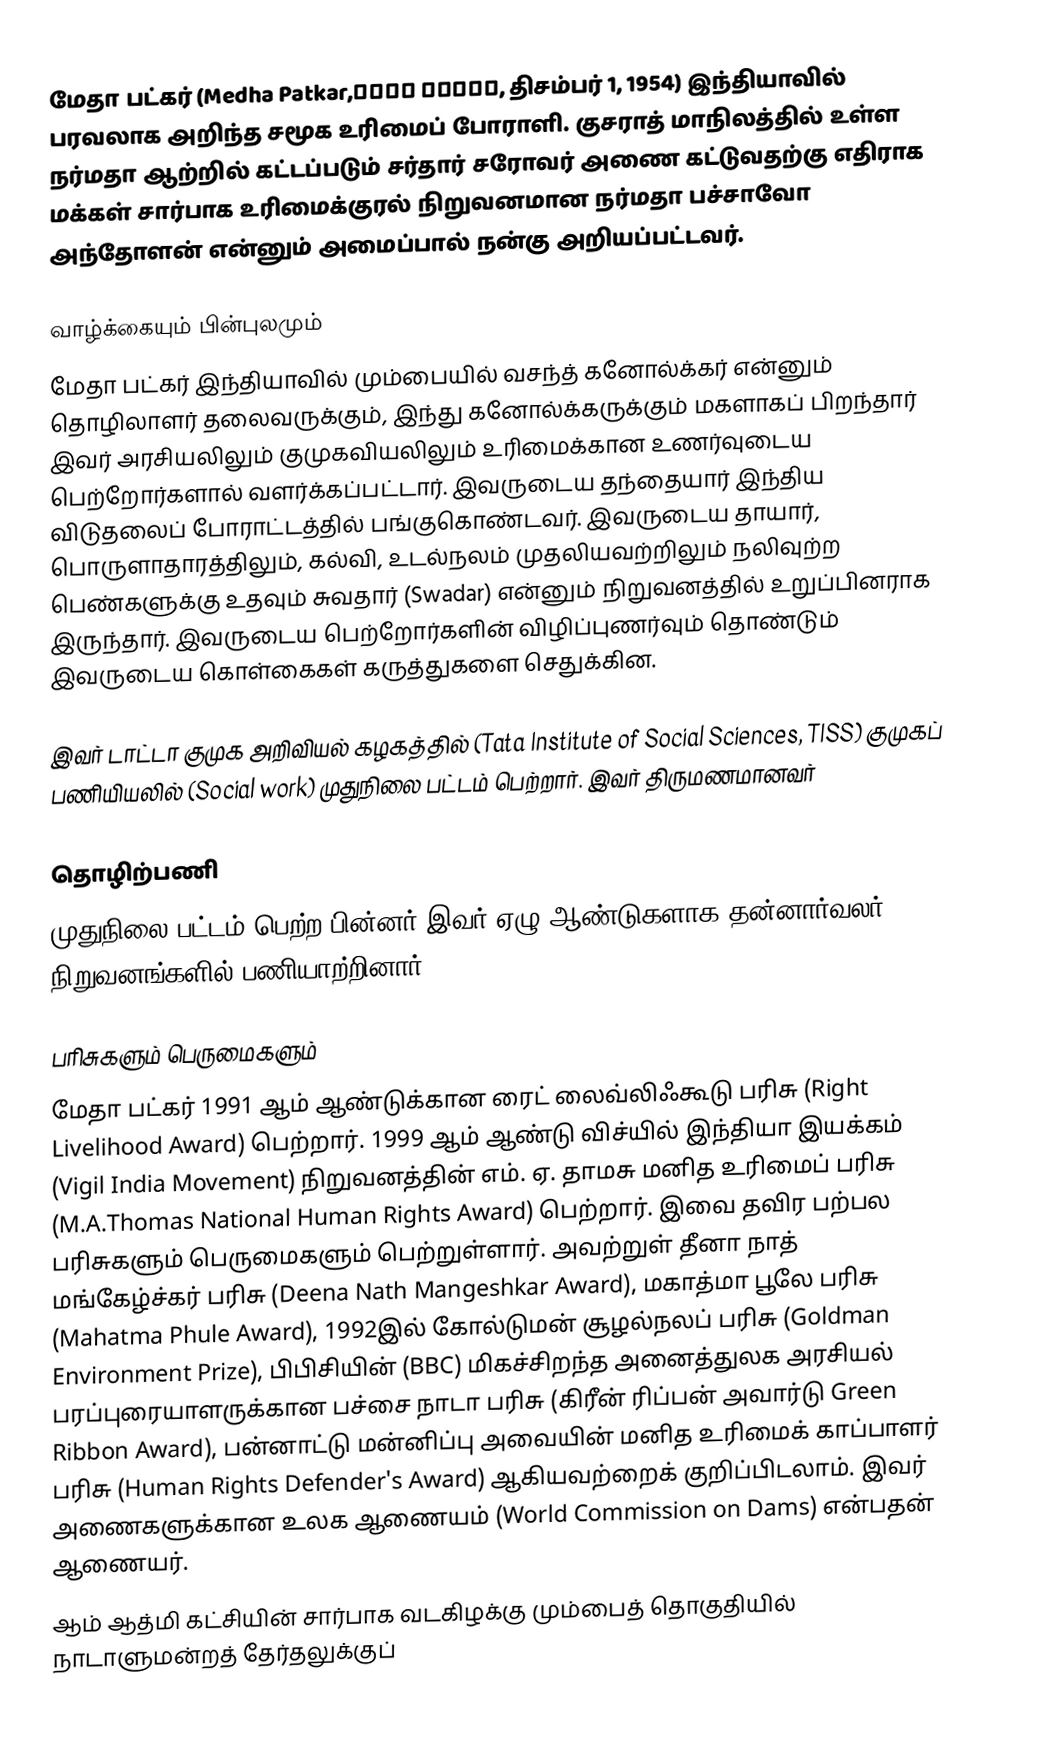
மேதா பட்கர் (Medha Patkar,मेधा पाटकर, திசம்பர் 1, 1954) இந்தியாவில் பரவலாக அறிந்த சமூக உரிமைப் போராளி. குசராத் மாநிலத்தில் உள்ள நர்மதா ஆற்றில் கட்டப்படும் சர்தார் சரோவர் அணை கட்டுவதற்கு எதிராக  மக்கள் சார்பாக உரிமைக்குரல் நிறுவனமான நர்மதா பச்சாவோ அந்தோளன் என்னும் அமைப்பால் நன்கு அறியப்பட்டவர்.

வாழ்க்கையும் பின்புலமும்
மேதா பட்கர் இந்தியாவில் மும்பையில் வசந்த் கனோல்க்கர் என்னும் தொழிலாளர் தலைவருக்கும், இந்து கனோல்க்கருக்கும் மகளாகப் பிறந்தார் இவர் அரசியலிலும் குமுகவியலிலும் உரிமைக்கான உணர்வுடைய பெற்றோர்களால் வளர்க்கப்பட்டார். இவருடைய தந்தையார் இந்திய விடுதலைப் போராட்டத்தில் பங்குகொண்டவர். இவருடைய தாயார், பொருளாதாரத்திலும், கல்வி, உடல்நலம் முதலியவற்றிலும் நலிவுற்ற பெண்களுக்கு உதவும் சுவதார் (Swadar) என்னும் நிறுவனத்தில் உறுப்பினராக இருந்தார். இவருடைய பெற்றோர்களின் விழிப்புணர்வும் தொண்டும் இவருடைய கொள்கைகள் கருத்துகளை செதுக்கின.

இவர் டாட்டா குமுக அறிவியல் கழகத்தில் (Tata Institute of Social Sciences, TISS) குமுகப் பணியியலில் (Social work) முதுநிலை பட்டம் பெற்றார். இவர் திருமணமானவர்

தொழிற்பணி
முதுநிலை பட்டம் பெற்ற பின்னர் இவர் ஏழு ஆண்டுகளாக தன்னார்வலர் நிறுவனங்களில் பணியாற்றினார்.

பரிசுகளும் பெருமைகளும்
மேதா பட்கர் 1991 ஆம் ஆண்டுக்கான ரைட் லைவ்லிஃகூடு பரிசு (Right Livelihood Award) பெற்றார். 1999 ஆம் ஆண்டு விச்யில் இந்தியா இயக்கம் (Vigil India Movement) நிறுவனத்தின் எம். ஏ. தாமசு மனித உரிமைப் பரிசு (M.A.Thomas National Human Rights Award) பெற்றார். இவை தவிர பற்பல பரிசுகளும் பெருமைகளும் பெற்றுள்ளார். அவற்றுள் தீனா நாத் மங்கேழ்ச்கர் பரிசு (Deena Nath Mangeshkar Award), மகாத்மா பூலே பரிசு (Mahatma Phule Award), 1992இல் கோல்டுமன் சூழல்நலப் பரிசு (Goldman Environment Prize), பிபிசியின் (BBC) மிகச்சிறந்த அனைத்துலக அரசியல் பரப்புரையாளருக்கான பச்சை நாடா பரிசு (கிரீன் ரிப்பன் அவார்டு Green Ribbon Award), பன்னாட்டு மன்னிப்பு அவையின் மனித உரிமைக் காப்பாளர் பரிசு (Human Rights Defender's Award) ஆகியவற்றைக் குறிப்பிடலாம். இவர் அணைகளுக்கான உலக ஆணையம் (World Commission on Dams) என்பதன் ஆணையர்.
ஆம் ஆத்மி கட்சியின் சார்பாக வடகிழக்கு மும்பைத் தொகுதியில் நாடாளுமன்றத் தேர்தலுக்குப்